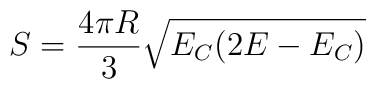
S = \frac{4\pi R}{3}\sqrt{E_C(2E - E_C)}